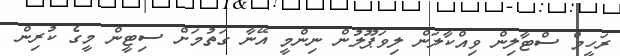
ރަހީމް ސްޓާލިން ވިއްކާލަން ލިވަޕޫލުން ނިންމީ އޭނާ ގަތުމަށް ސިޓީން މީގެ ކުރިން